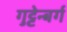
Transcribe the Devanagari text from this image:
गुट्टेन्बर्ग